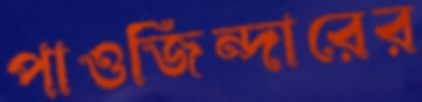
পাওজিন্দারের